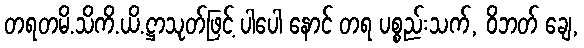
တရတမိ.သိကိ.ယိ.ဋ္ဌာသုတ်ဖြင့် ပါပေါ နောင် တရ ပစ္စည်းသက်, ဝိဘတ် ချေ,